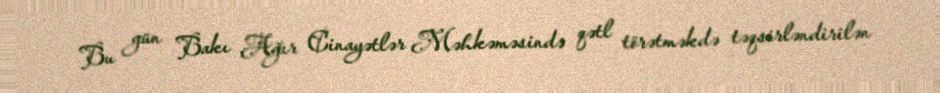
Bu gün Bakı Ağır Cinayətlər Məhkəməsində qətl törətməkdə təqsirləndirilən